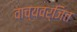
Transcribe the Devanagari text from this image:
वाच्यवर्जित